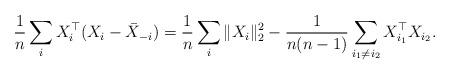
LaTeX: \begin{align*}\frac{1}{n}\sum_{i}X_{i}^{\top}(X_{i}-\bar{X}_{-i})&=\frac{1}{n}\sum_i \|X_i\|_{2}^{2}-\frac{1}{n(n-1)}\sum_{i_1\neq i_2}X_{i_1}^\top X_{i_2}.\end{align*}